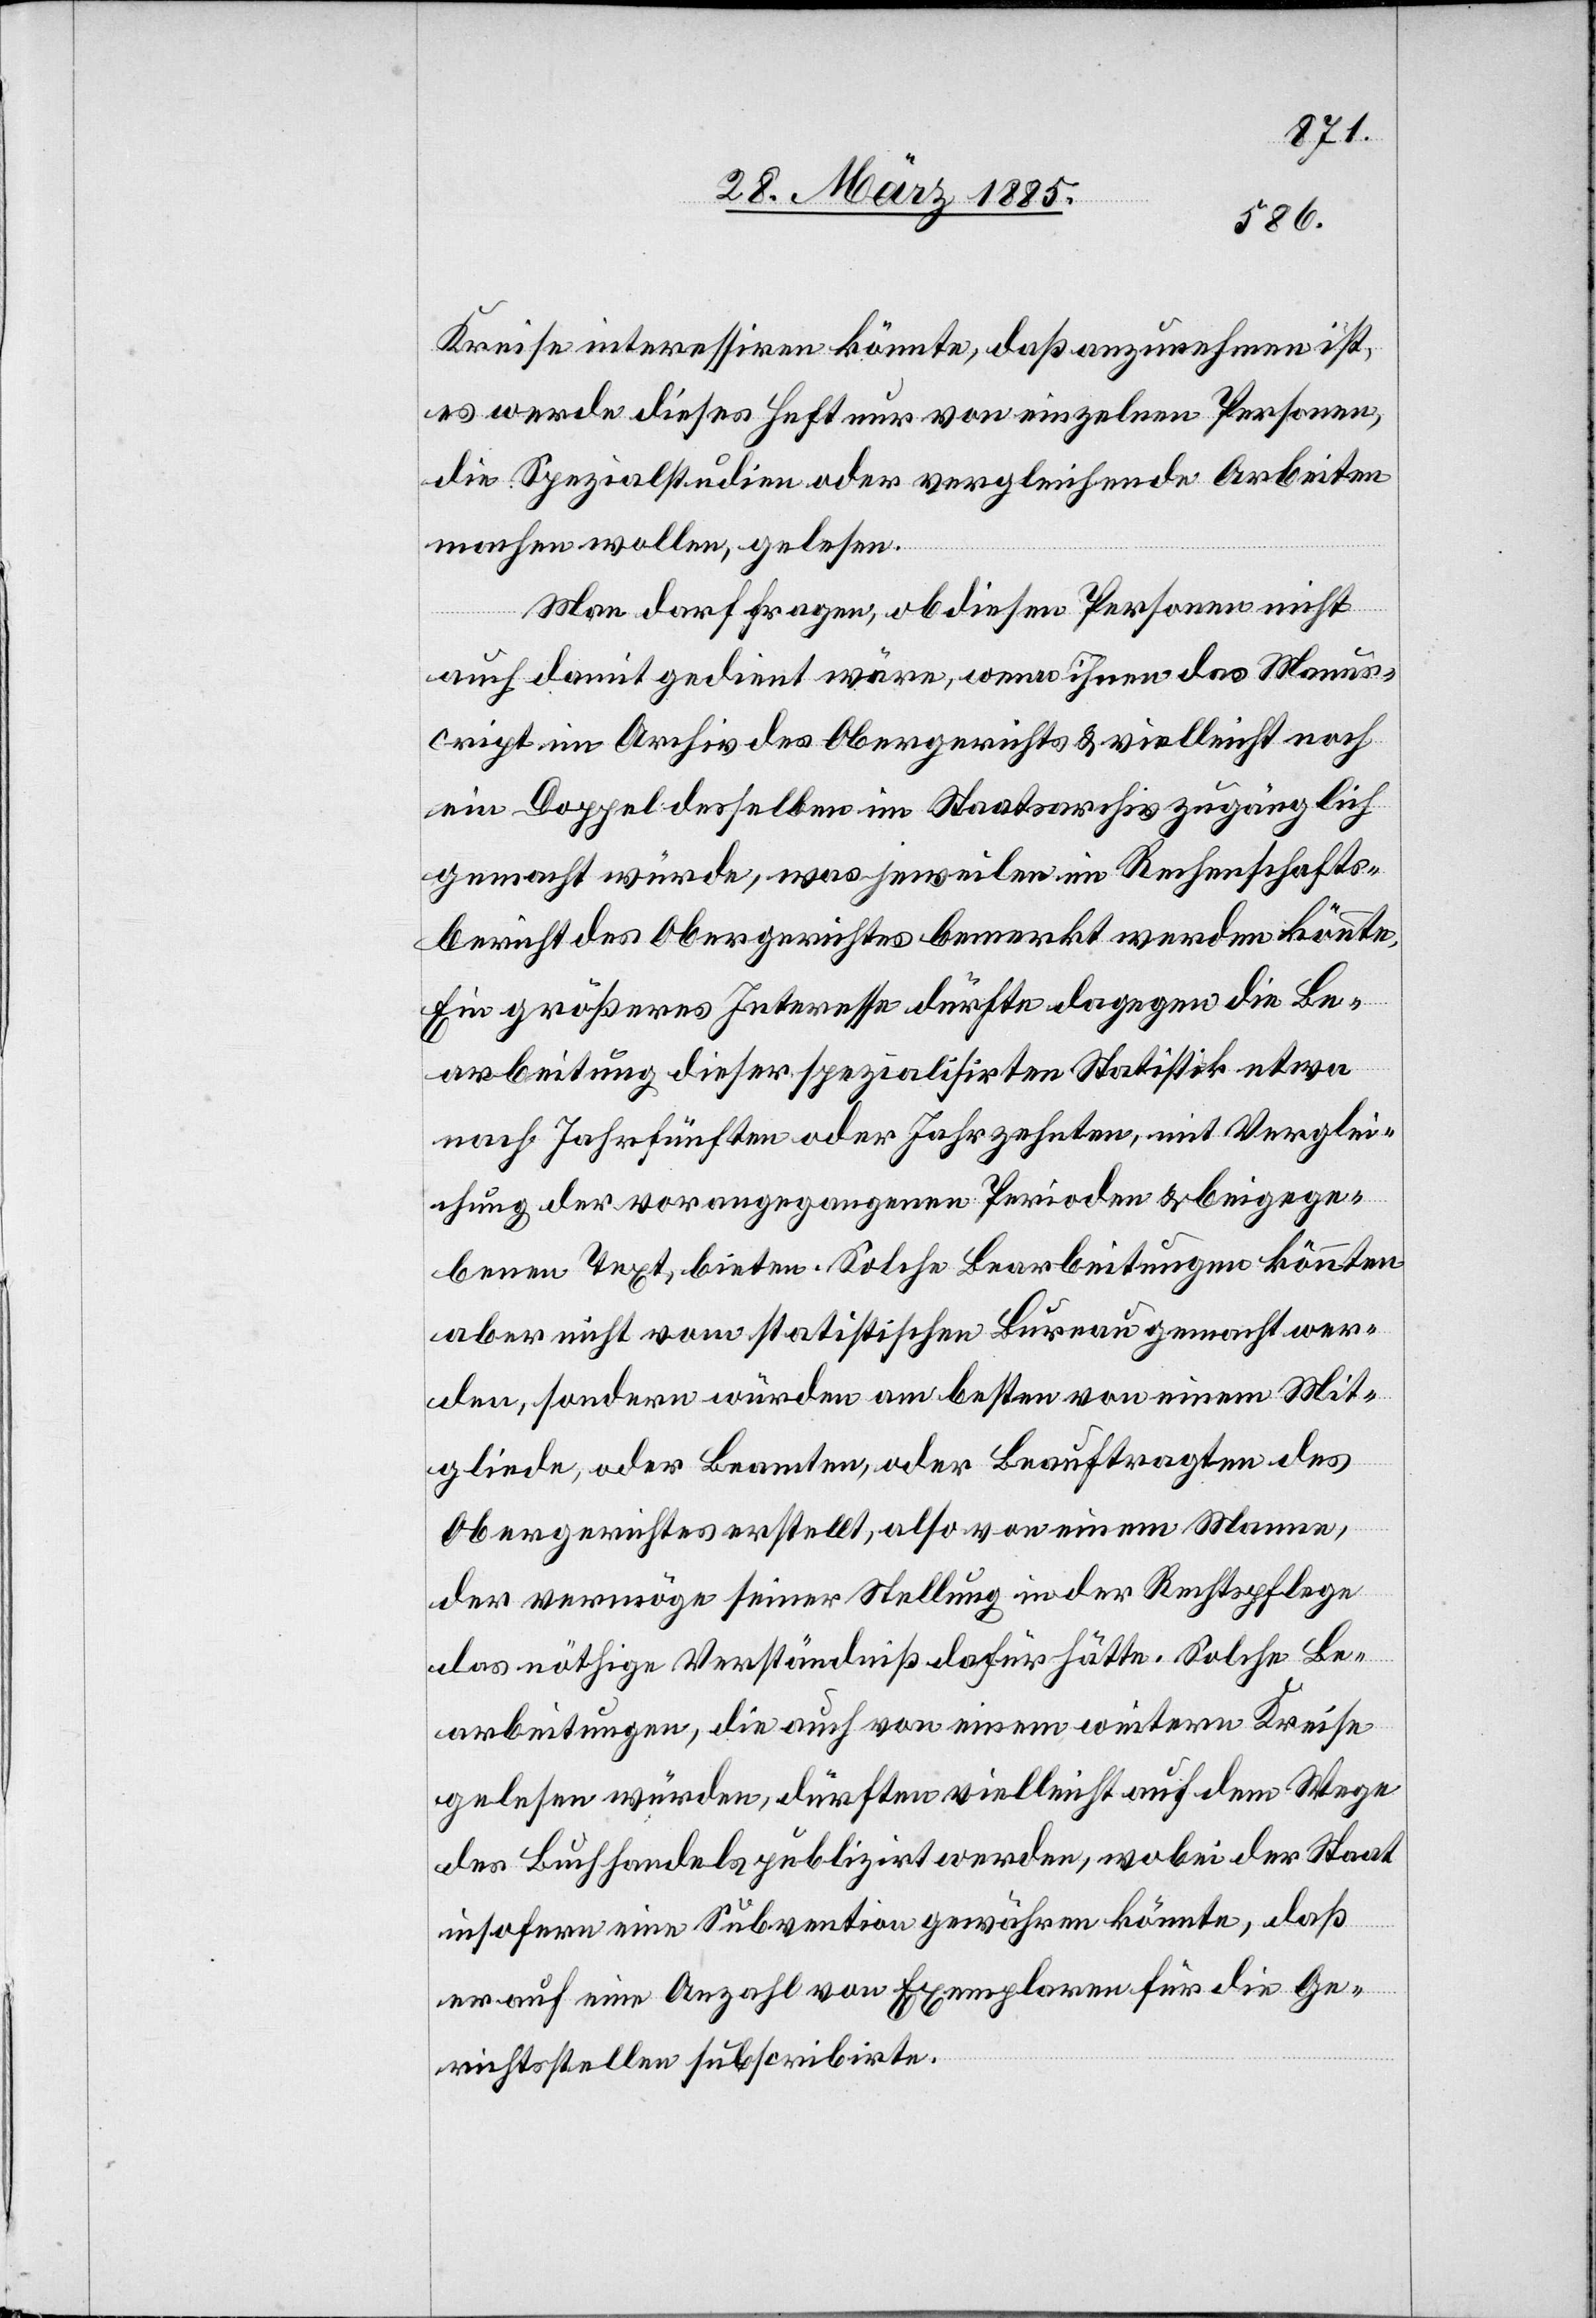
Kreise interessiren könnte, daß anzunehmen ist,
es werde dieses Heft nur von einzelnen Personen,
die Spezialstudien oder vergleichende Arbeiten
machen wollen, gelesen.
Man darf Fragen, ob diesen Personen nicht
auch damit gedient wäre, wenn ihnen das Manus¬
cript im Archiv des Obergerichts & vielleicht noch
ein Doppel desselben im Staatsarchiv zugänglich
gemacht würde, was jeweilen im Rechenschafts¬
bericht des Obergerichtes bemerkt werden könnte.
Ein größeres Interesse dürfte dagegen die Be¬
arbeitung dieser spezialisirten Statistik etwa
nach Jahrfünften oder Jahrzenten, mit Verglei¬
chung der vorangegangenen Perioden & beigege¬
benen Text[en], bieten. Solche Bearbeitungen könnten
aber nicht vom statistischen Bureau gemacht wer¬
den, sondern würden am besten von einem Mit¬
gliede, oder Beamten, oder Beauftragten des
Obergerichtes erstellt, also von einem Mann,
der vermöge[ns] seiner Stellung in der Rechtspflege
das nöthige Verständniß dafür hätte. Solche Be¬
arbeitungen, die auch von einem weitern Kreise
gelesen würden, dürften vielleicht auf dem Wege
des Buchhandels publizirt werden, wobei der Staat
insofern eine Subvention gewähren könnte, daß
er auf eine Anzahl von Exemplaren für die Ge¬
richtsstellen subscribirte.